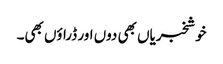
خوشخبریاں بھی دوں اور ڈراؤں بھی۔